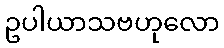
ဥပါယာသဗဟုလော